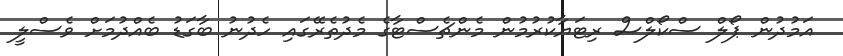
އަމުދުން ޕޯލް ސްކޯލްސް ރިޓަޔާކުރުމުން މެންޗެސްޓާގެ މެދުތެރޭގައި ހެދުނު ބާގަޑު ބެއްދުމަށް ވެސްލީ